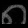
Digit: ၈